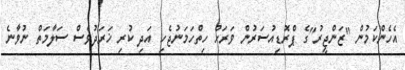
އެެހެންކަމުން "ޒަންޖީރު"ގެ ޕްރޮޑިއުސަރުން ވަރަށް ހިތްހަމަނުޖެހި އަދި ކުރި ޚަރަދުވެސް ސަލާމަތް ނުވާނެ